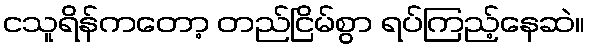
ငသူရိန်ကတော့ တည်ငြိမ်စွာ ရပ်ကြည့်နေဆဲ။